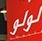
لولو